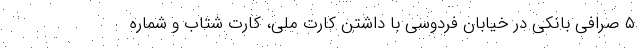
۵ صرافی بانکی در خیابان فردوسی با داشتن کارت ملی، کارت شتاب و شماره